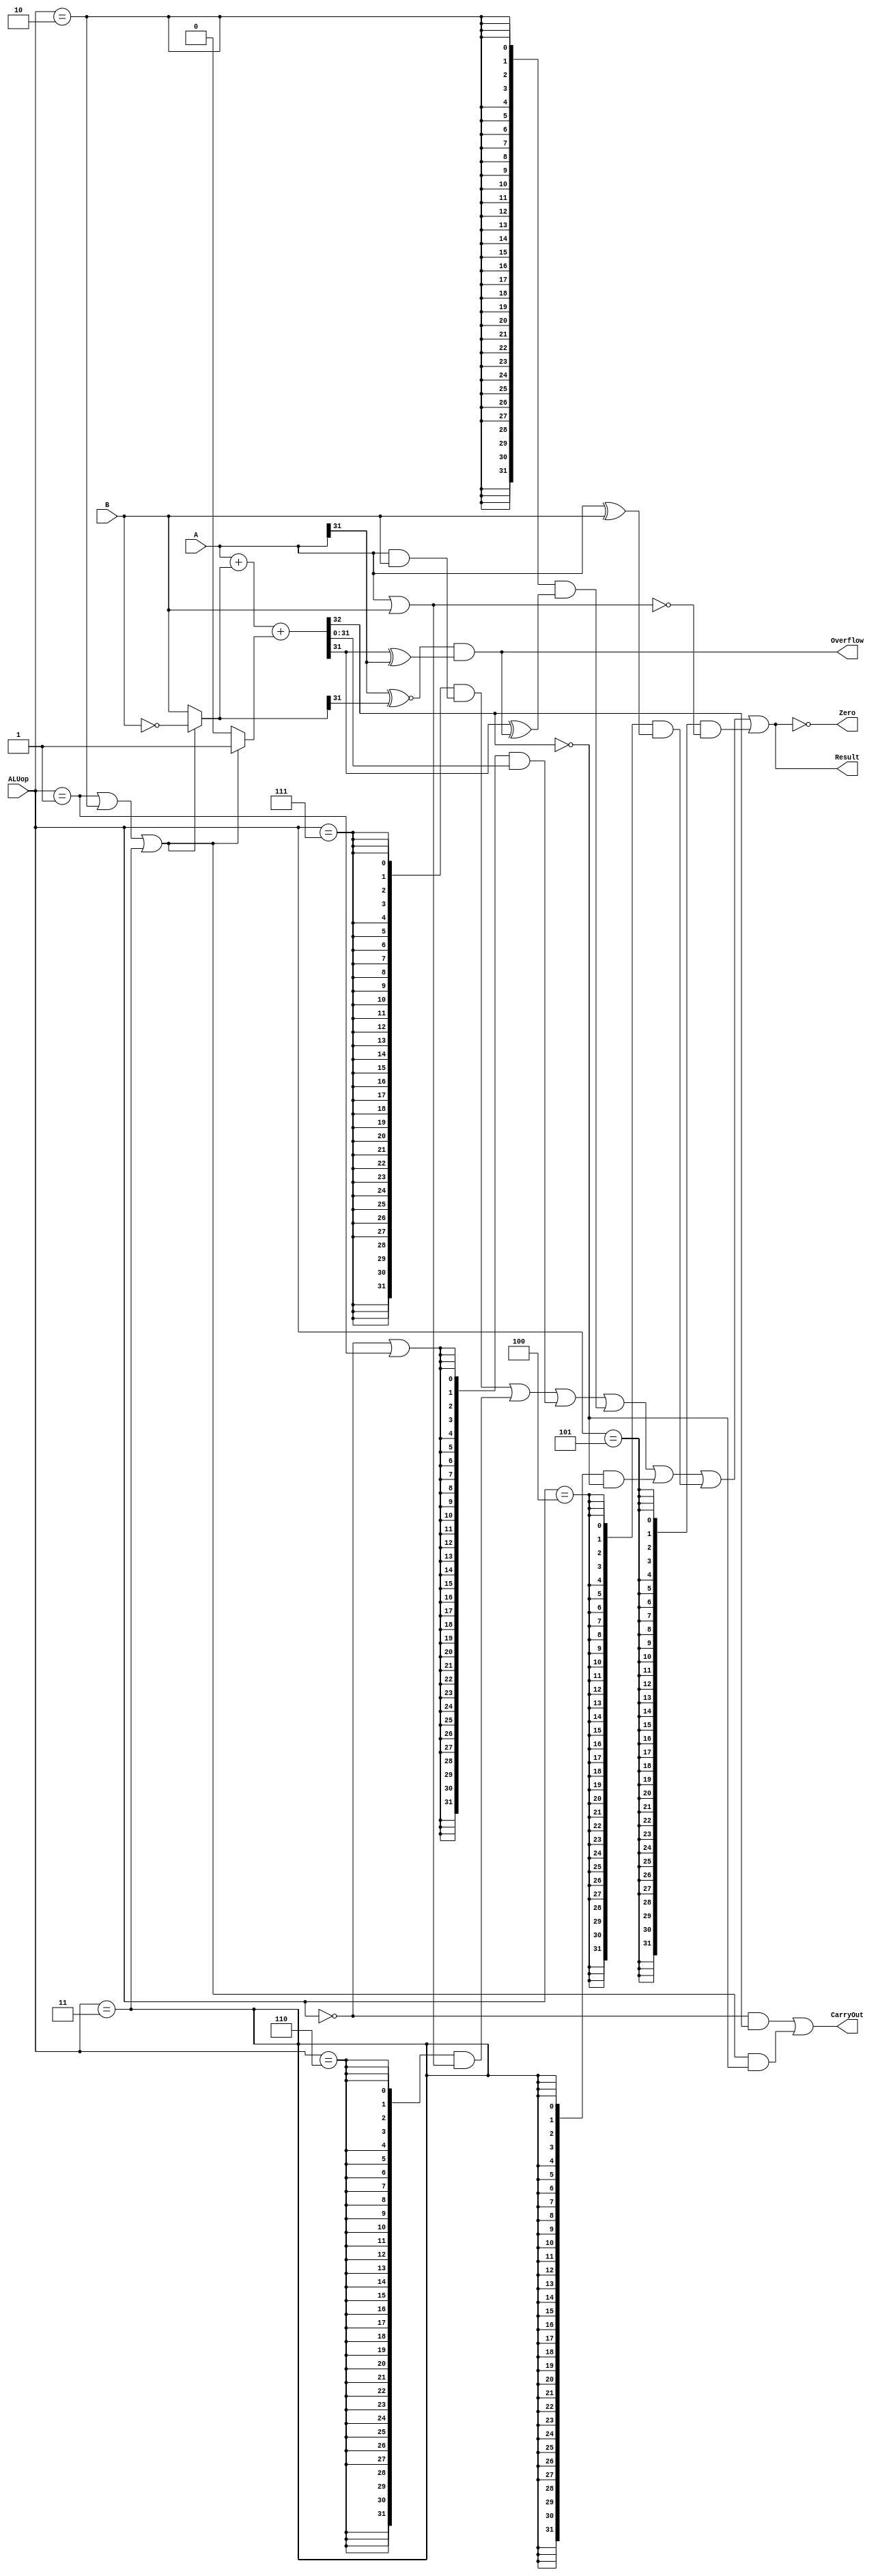
`timescale 10 ns / 1 ns

`define DATA_WIDTH 32

module alu(
	input [`DATA_WIDTH - 1:0] A,
	input [`DATA_WIDTH - 1:0] B,
	input [2:0] ALUop,
	output Overflow,
	output CarryOut,
	output Zero,
	output [`DATA_WIDTH - 1:0] Result
);

	// TODO: Please add your logic code here
	parameter MSB = `DATA_WIDTH - 1;
	wire op_and;
	wire op_or;
	wire op_add;
	wire op_sub;
	wire op_slt;
	wire op_sltu;
	wire op_xor;
	wire op_nor;

	assign op_and  = ALUop == 3'b111;
	assign op_or   = ALUop  == 3'b110;
	assign op_add  = ALUop == 3'b000;
	assign op_sub  = ALUop == 3'b001;
	assign op_slt  = ALUop == 3'b010;
	assign op_sltu = ALUop == 3'b011;
	assign op_xor  = ALUop == 3'b100;
	assign op_nor  = ALUop == 3'b101;

	wire [`DATA_WIDTH-1:0] and_result;
	wire [`DATA_WIDTH-1:0] or_result;
	wire [`DATA_WIDTH-1:0] add_sub_result;
	wire [`DATA_WIDTH-1:0] slt_result;
	wire [`DATA_WIDTH-1:0] sltu_result;
	wire [`DATA_WIDTH-1:0] xor_result;
	wire [`DATA_WIDTH-1:0] nor_result;
	wire [`DATA_WIDTH-1:0] B_adder;
	wire Cout;
	wire Cin;

	assign and_result = A & B;
	assign or_result  = A | B;
	assign xor_result = A ^ B;
	assign nor_result = ~(A | B);
	assign B_adder = (op_sub | op_slt | op_sltu)? ~B:B;
	assign Cin 	   = (op_sub | op_slt | op_sltu)? 1'b1:1'b0;
	assign {Cout,add_sub_result} = A + B_adder + Cin;
	
	assign CarryOut = (op_add & Cout) | ((op_sub|op_slt|op_sltu) & ~Cout);
	assign Overflow = (A[MSB] ^~ B_adder[MSB]) & (add_sub_result[MSB] ^ A[MSB]);
	assign slt_result = add_sub_result[MSB] ^ Overflow;
	assign sltu_result = {31'b0, ~Cout};
	
	assign Result = ({`DATA_WIDTH{op_and}} 			& and_result)
				  | ({`DATA_WIDTH{op_or}} 			& or_result)
				  | ({`DATA_WIDTH{op_add|op_sub}} 	& add_sub_result)
				  | ({`DATA_WIDTH{op_slt}} 			& slt_result)
				  | ({`DATA_WIDTH{op_sltu}} 		& sltu_result)
				  | ({`DATA_WIDTH{op_xor}} 			& xor_result)
				  | ({`DATA_WIDTH{op_nor}} 			& nor_result);
	assign Zero = Result==`DATA_WIDTH'b0;
endmodule